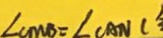
\angle C M B = \angle C A N (